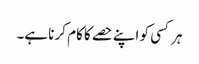
ہر کسی کو اپنے حصے کا کام کر نا ہے۔